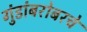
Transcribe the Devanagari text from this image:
गुंडांबरोबरचे